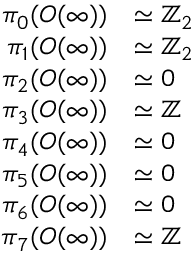
{ \begin{array} { r l } { \pi _ { 0 } ( O ( \infty ) ) } & { \simeq \mathbb { Z } _ { 2 } } \\ { \pi _ { 1 } ( O ( \infty ) ) } & { \simeq \mathbb { Z } _ { 2 } } \\ { \pi _ { 2 } ( O ( \infty ) ) } & { \simeq 0 } \\ { \pi _ { 3 } ( O ( \infty ) ) } & { \simeq \mathbb { Z } } \\ { \pi _ { 4 } ( O ( \infty ) ) } & { \simeq 0 } \\ { \pi _ { 5 } ( O ( \infty ) ) } & { \simeq 0 } \\ { \pi _ { 6 } ( O ( \infty ) ) } & { \simeq 0 } \\ { \pi _ { 7 } ( O ( \infty ) ) } & { \simeq \mathbb { Z } } \end{array} }